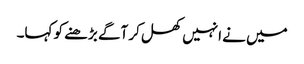
میں نے انہیں کھل کر آگے بڑھنے کو کہا۔